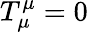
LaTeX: T_{\mu}^{\mu}=0